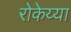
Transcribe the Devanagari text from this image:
रोकेय्या